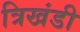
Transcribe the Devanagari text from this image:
त्रिखंडी